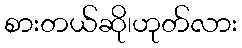
စားတယ်ဆို၊ဟုတ်လား